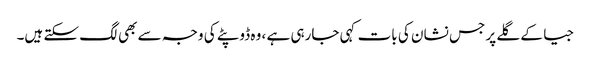
جیا کے گلے پر جس نشان کی بات کہی جارہی ہے ، وہ ڈوپٹے کی وجہ سے بھی لگ سکتے ہیں۔